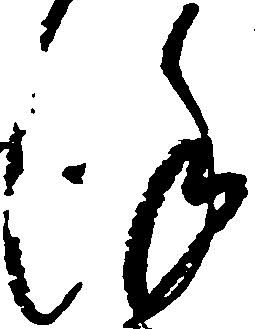
謹